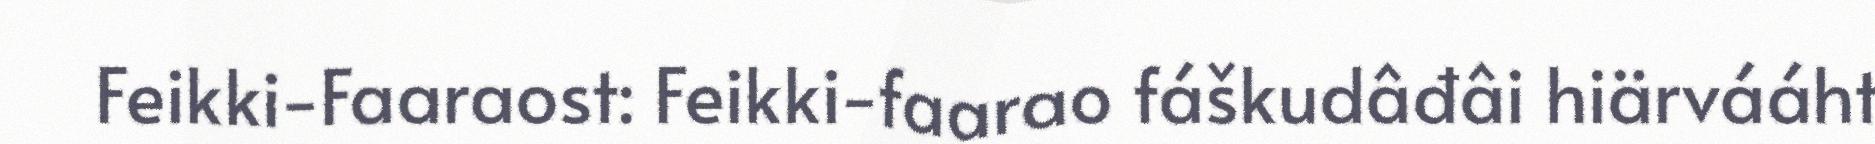
Feikki-Faaraost: Feikki-faarao fáškudâđâi hiärvááht